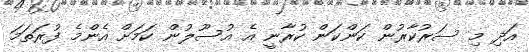
އަދި މި ސަރުކާރުން ކަންކަން ކުރާނީ އެ އުސޫލުން ކަމަށް އެންމެ ފުރަތަމަ